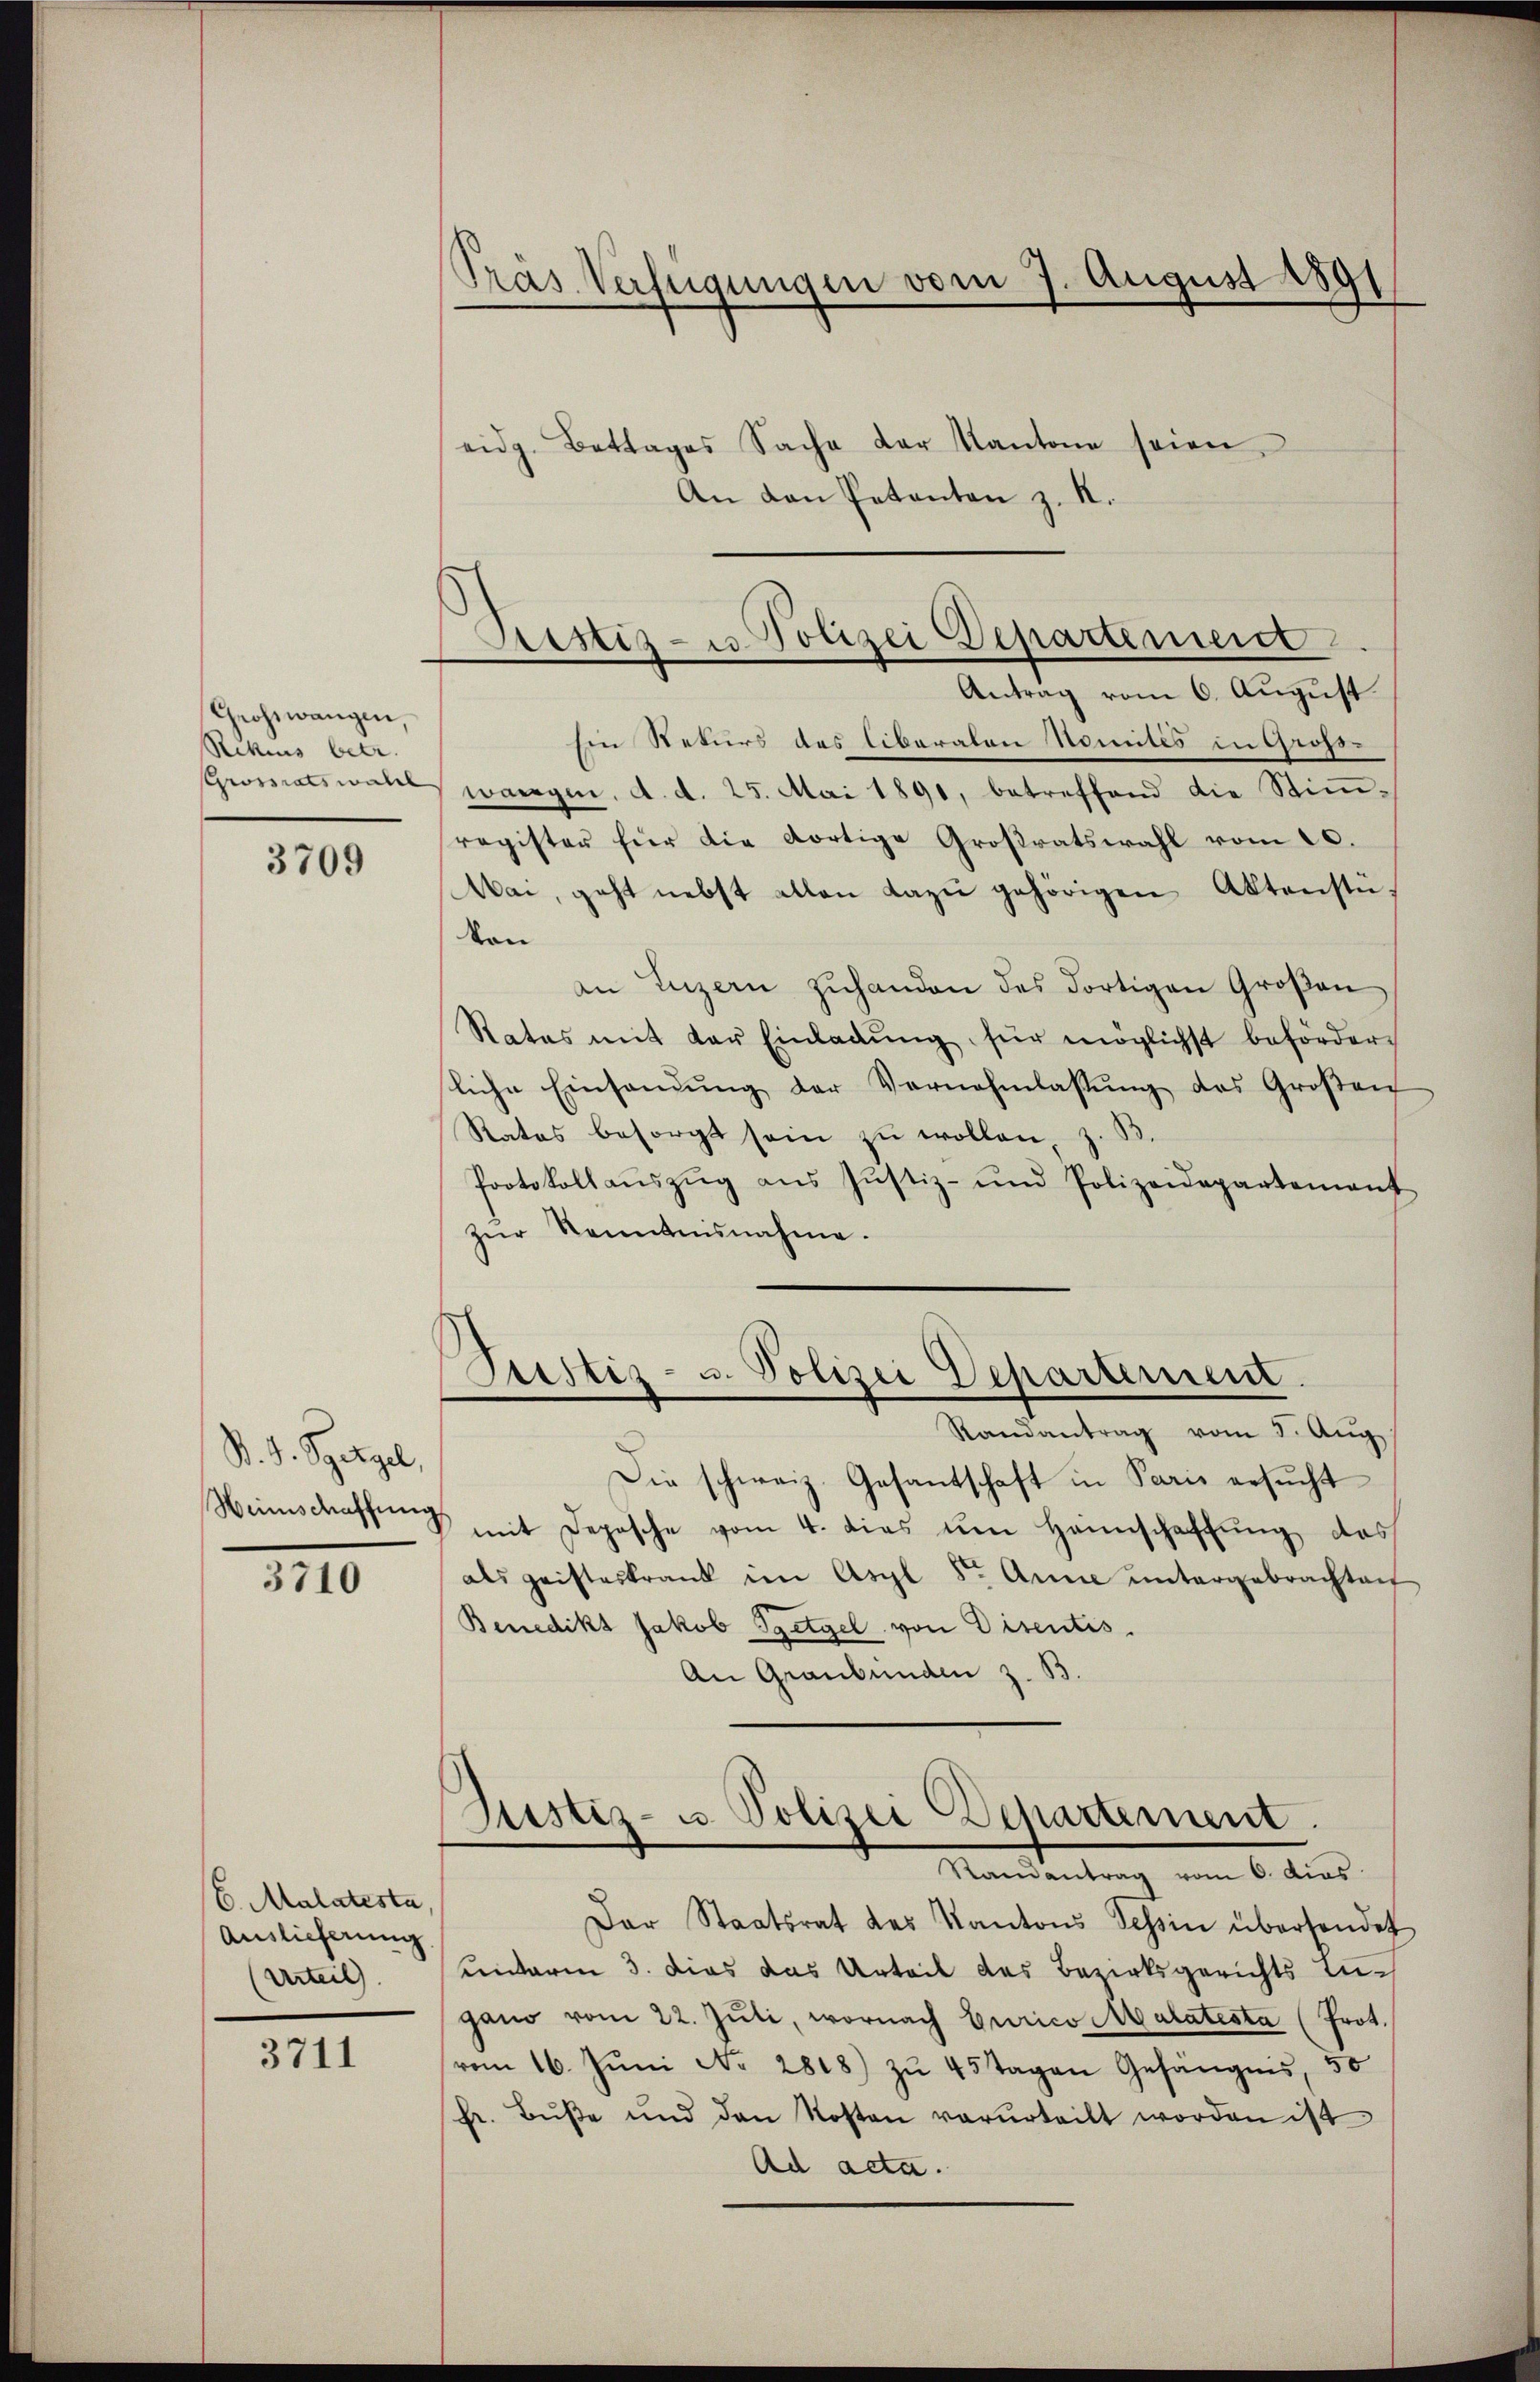
Geohwangen.
Rekens betr.
Grossratswahl

3709

S. J. Sperzel,
Weinschaffung

3710

E. Malatesta
Auslieferung.
(Urteil

3711

Pras Verfügungen vom 7. August 1891

Sistiz- u Polizei Departement

eidg. Bettages Sache der Kantone seien
An den Petenten z. K.
Antrag vom 6. August.
Ein Rekurs des liberaten Nomites in Gross-
wargen, d. d. 25. Mai 1891, betreffend die Stim-
register für die dortige Großratswahl vom 20.
Mai, geht nebst allen dazu gehörigen Aktenstevon
an Luzern zŭhanden des dortigen Großen
Rates mit der Einladŭng für möglichst befördern
liche Einsamung der Vernehmlassŭng des Großen
Rates besorgt sein zu wollen z. B.
Protokollaŭszŭg aŭs Justiz- und Polizeidepartement
zŭr Kenntnisnahme.
Justiz- u. Polizei Departement.
Randantrag vom 5. Aŭg.
Die schweiz. Gesantschaft in Paris ersucht
 mit Depesche vom 4. dies im Hannschaffung das
als geisteskrank im Asyl Sr. Anna ŭntergebrachten
Benedikt Jakob Sgetgel von Disentis.
An Graubünden z. B.
Justiz- u. Polizei Departement.
Randantrag vom 6. dies
Der Staatsrat des Kantons Tessin überhandet
unterm 3. dies das Urteil das Bezirksgerichts auc
gano vom 22. Jŭli, wornach Gurico Malatesta (Prot.
vom 16. Jŭni No 2818) zŭ 45 Tagen Gefängnis, 50
fr. Bŭβe und den Kosten verurteilt worden ist
Ad acta.